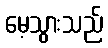
မေ့သွားသည်